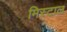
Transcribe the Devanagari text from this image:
मिस्टाल